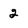
Character: 2